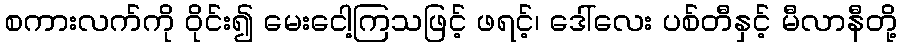
စကားလက်ကို ဝိုင်း၍ မေးငေါ့ကြသဖြင့် ဖရင့်၊ ဒေါ်လေး ပစ်တီနှင့် မီလာနီတို့